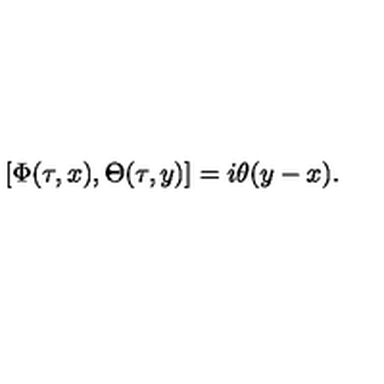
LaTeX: [ \Phi ( \tau , x ) , \Theta ( \tau , y ) ] = i \theta ( y - x ) .